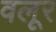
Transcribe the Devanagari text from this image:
वलूर